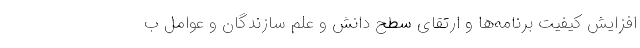
افزایش کیفیت برنامه‌ها و ارتقای سطح دانش و علم سازندگان و عوامل ب